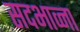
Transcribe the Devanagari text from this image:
सदभाव्ना